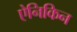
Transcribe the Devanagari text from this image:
ऐनिकिन